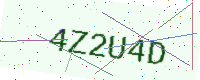
Text: 4Z2U4D